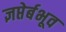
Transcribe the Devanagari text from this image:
ज्ञप्तेर्बभूव